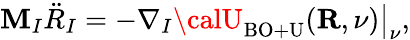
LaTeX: {\displaystyle\mathbf{M}_{I}{\ddot{{R}}}_{I}=-\left.\nabla_{I}{\calU}_{\mathrm{{BO+U}}}({\mathbf{R}},\nu)\right\vert_{\nu},}